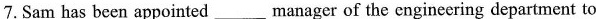
7. Sam has been appointed ___manager of the engineering department to